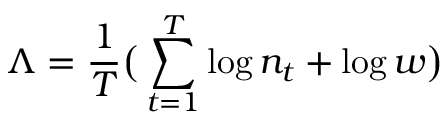
\Lambda = \frac { 1 } { T } \big ( \sum _ { t = 1 } ^ { T } \log n _ { t } + \log w \big )